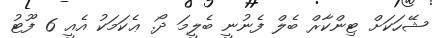
ޝޭހަކަށް ޓިންކާރް ބެލް ފެނުނީ ބެލީމަ ދޯ. ޢެކަމަކު އެއީ 6 ފޫޓު